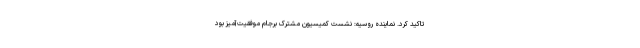
تاکید کرد. نماینده روسیه: نشست کمیسیون مشترک برجام موفقیت‌آمیز بود